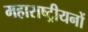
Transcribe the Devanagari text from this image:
महाराष्ट्रीयनों